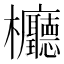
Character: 𣡹